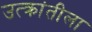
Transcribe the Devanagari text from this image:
उत्क्रांतीला